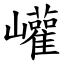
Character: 巏